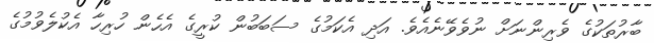
ބާރުތަކުގެ ވެރިންނަށް ނުވެވޭނެއެވެ. އަދި އެކަމުގެ ސަބަބުން ކުރީގެ އެހެން ހުރިހާ އެކުލެވުމުގެ